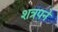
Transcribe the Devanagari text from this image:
शत्रपने